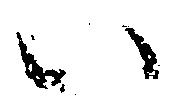
い